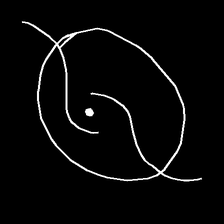
Glyph: repetition